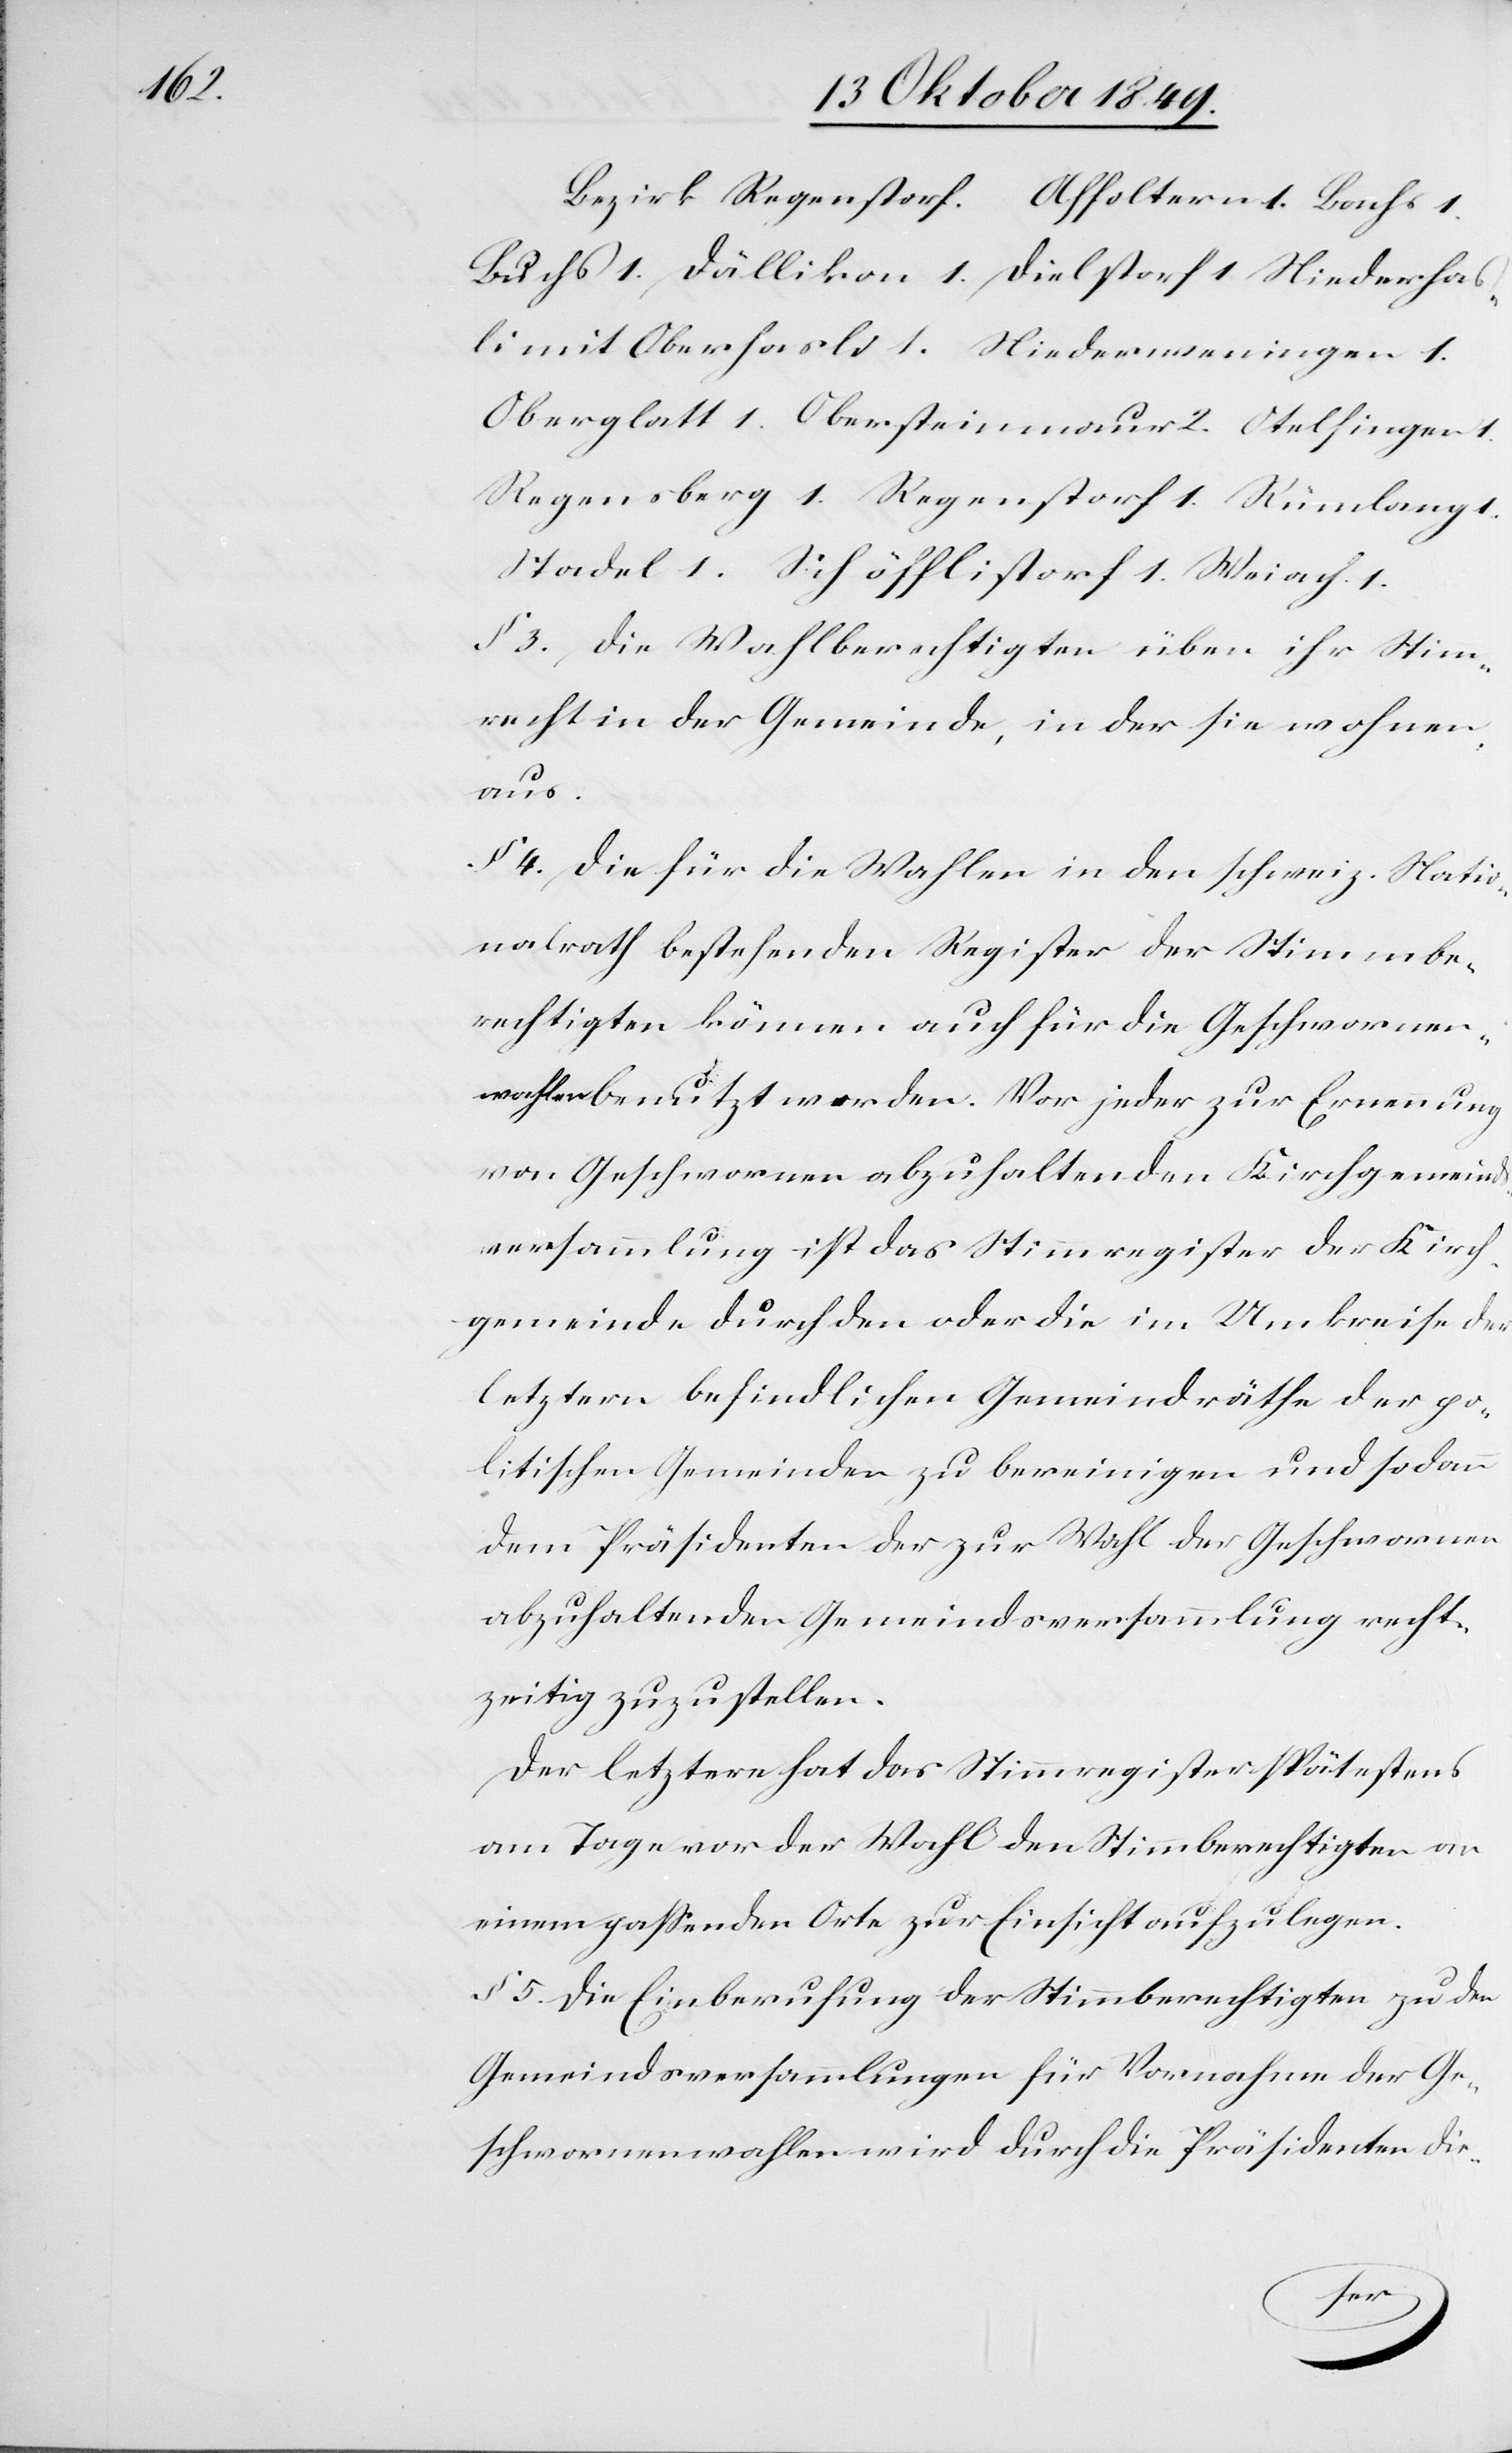
Bezirk Regenstorf. Affoltern 1. Bachs 1.
Buchs 1. Dällikon 1. Dielstorf 1. Niederhas¬
li mit Oberhasli 1. Niederweningen 1.
Oberglatt 1. Obersteinmaur 2. Otelfingen 1.
Regensberg 1. Regenstorf 1. Rümlang
Stadel 1. Schöfflistorf 1. Weiach 1.
§ 3. Die Wahlberechtigten üben ihr Stimm¬
recht in der Gemeinde, in der sie wohnen
aus.
§ 4. Die für die Wahl in den schweiz. Natio¬
nalrath bestehenden Register der Stimmbe¬
rechtigten können auch für die Geschworenen¬
wahlen benutzt werden. Vor jeder zur Ernennung
von Geschworenen abzuhaltenden Kirchgemeind¬
versammlung ist das Stimmregister der Kirch¬
gemeinde durch den oder 	die im Umkreise der
letztern befindlichen Gemeindräthe der po¬
litischen Gemeinden zu bereinigen und sodann
dem Präsidenten der zur Wahl des Geschworenen
abzuhaltenden Gemeindsversammlung recht¬
zeitig zuzustellen.
Der letztere hat das Stimmregister spätestens
am Tage vor der Wahl den Stimmberechtigten an
einem paßenden Orte zur Einsicht aufzulegen.
§ 5. Die Einberufung der Stimmberechtigten zu den
Gemeindsversammlungen für Vornahme der Ge¬
schworenenwahlen wird durch die Präsidenten die-